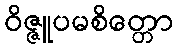
ဝိဇ္ဇူပမစိတ္တော